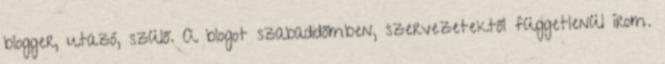
blogger, utazó, szülő. A blogot szabadidőmben, szervezetektől függetlenül írom.